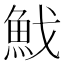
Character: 䰹